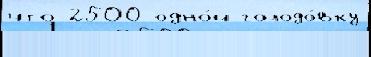
что 2500 одно́й голодо́вку